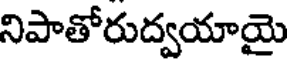
నిపాతోరుద్వయాయై